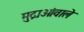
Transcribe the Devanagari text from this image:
मुद्राओंवाले